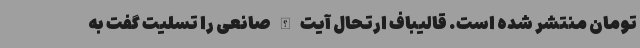
تومان منتشر شده است. قالیباف ارتحال آیت الله صانعی را تسلیت گفت به